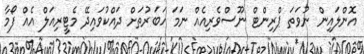
އޮންލައިން ނުވަތަ ޕްރިންޓް ނޫސްވެރިއެއް ނަމަ ހަބަރުތަށް ދައްކުވައިދޭ މެޓީރިއަލް އެއް ފޯމާ